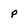
Character: p